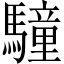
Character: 䮵